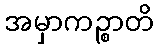
အမှာကဉ္စာတိ